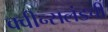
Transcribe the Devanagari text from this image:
क्वीन्सलंडची